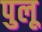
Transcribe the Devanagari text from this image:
पुलू